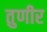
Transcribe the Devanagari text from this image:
तुणीर